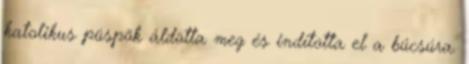
katolikus püspök áldotta meg és indította el a búcsúra.